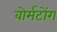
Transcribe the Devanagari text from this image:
वोर्मटोंग